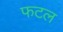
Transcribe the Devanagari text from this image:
फटल